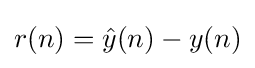
r(n)={\hat {y}}(n)-y(n)